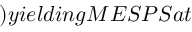
) y i e l d i n g M E S P S a t